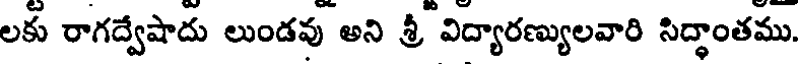
లకు రాగద్వేషాదు లుండవు అని శ్రీ విద్యారణ్యులవారి సిద్ధాంతము.